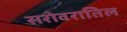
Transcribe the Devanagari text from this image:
सरोवरातिल